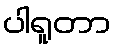
ပါရူတာ